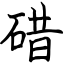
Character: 碏